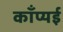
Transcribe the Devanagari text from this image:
काँप्यई